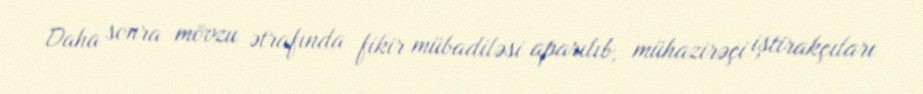
Daha sonra mövzu ətrafında fikir mübadiləsi aparılıb, mühazirəçi iştirakçıları